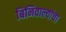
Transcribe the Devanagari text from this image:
बिनिवाल्यांचा